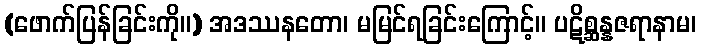
(ဖောက်ပြန်ခြင်းကို။) အဒဿနတော၊ မမြင်ရခြင်းကြောင့်။ ပဋိစ္ဆန္နဇရာနာမ၊